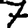
Digit: 7